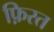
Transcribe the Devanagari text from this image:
फ़िरत